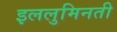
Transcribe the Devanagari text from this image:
इललुमिनती